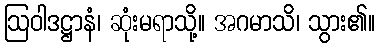
ဩဝါဒဋ္ဌာနံ၊ ဆုံးမရာသို့။ အဂမာသိ၊ သွား၏။